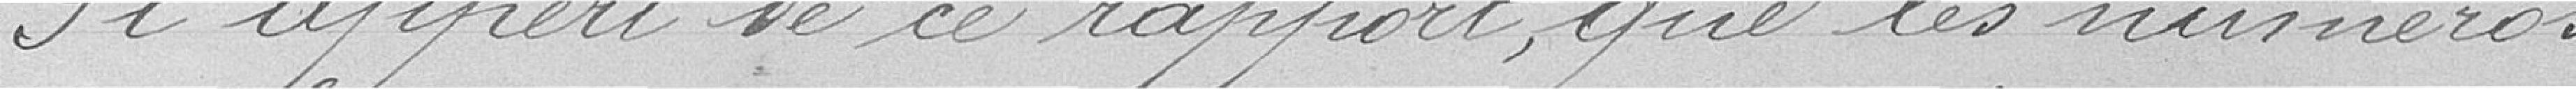
Il appert de ce rapport que les numéros